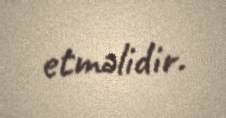
etməlidir.